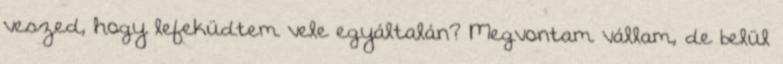
veszed, hogy lefeküdtem vele egyáltalán? Megvontam vállam, de belül